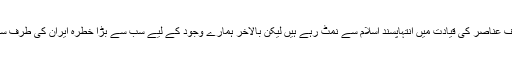
ہم مختلف عناصر کی قیادت میں انتہاپسند اسلام سے نمٹ رہے ہیں لیکن بالآخر ہمارے وجود کے لیے سب سے بڑا خطرہ ایران کی طرف سے ہے۔